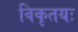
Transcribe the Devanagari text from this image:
विकृतयः